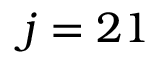
j = 2 1